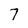
Character: 7